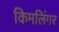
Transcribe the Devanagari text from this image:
किमलिंगर